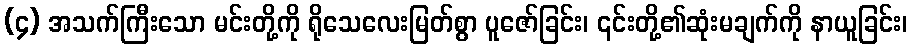
(၄) အသက်ကြီးသော မင်းတို့ကို ရိုသေလေးမြတ်စွာ ပူဇော်ခြင်း၊ ၎င်းတို့၏ဆုံးမချက်ကို နာယူခြင်း၊